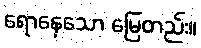
ရောနေသော မြေတည်း။